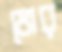
ভোর